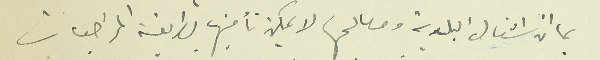
بما ان اشغال البلدية ومصالحها لا يمكن تأمينها بطريقة المراجعات